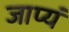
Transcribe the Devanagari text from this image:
जाप्यं